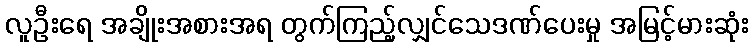
လူဦးရေ အချိုးအစားအရ တွက်ကြည့်လျှင်သေဒဏ်ပေးမှု အမြင့်မားဆုံး